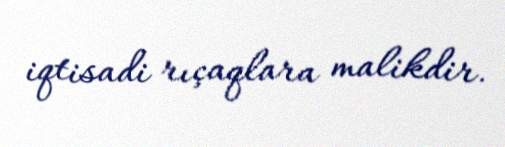
iqtisadi rıçaqlara malikdir.